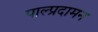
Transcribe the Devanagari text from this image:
पाल्प्रदामन